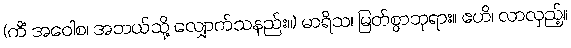
(ကိံ အဝေါစ၊ အဘယ်သို့ လျှောက်သနည်း။) မာရိသ၊ မြတ်စွာဘုရား။ ဧဟိ၊ လာလှည့်။